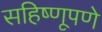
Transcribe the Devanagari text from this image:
सहिष्णूपणे